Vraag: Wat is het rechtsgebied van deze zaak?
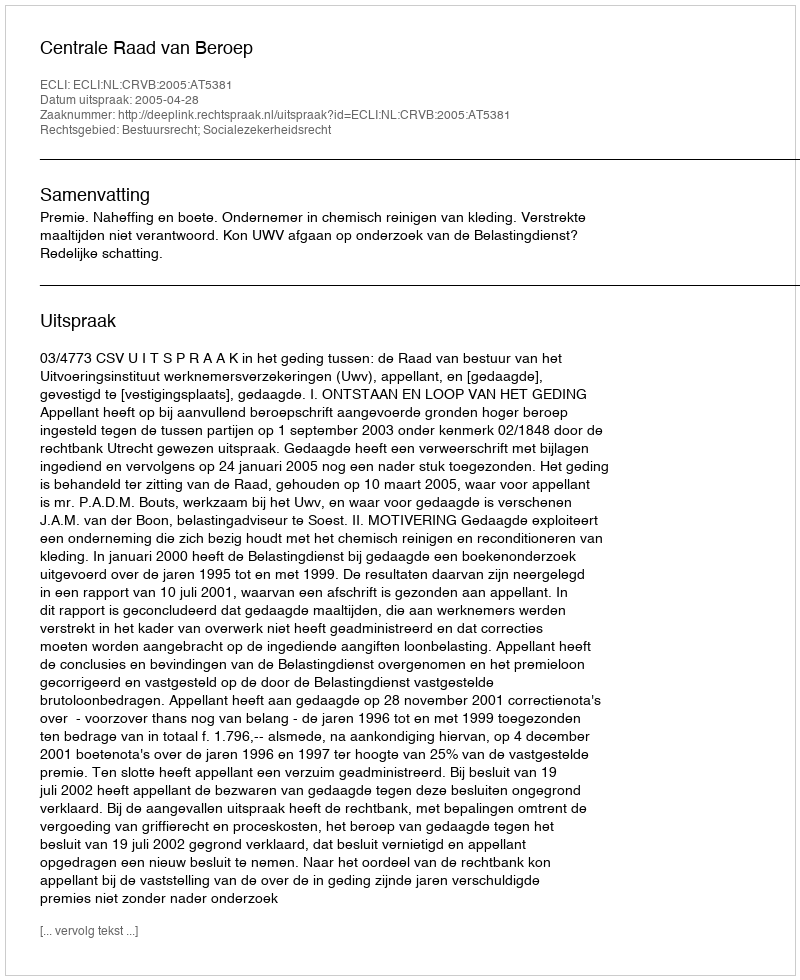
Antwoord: Bestuursrecht; Socialezekerheidsrecht